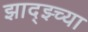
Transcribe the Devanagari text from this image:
झाद्झ्च्या